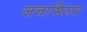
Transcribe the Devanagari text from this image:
जनाभिराम